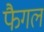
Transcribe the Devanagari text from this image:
फैगल